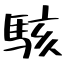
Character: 駭